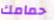
حمامك